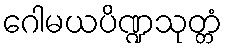
ဂေါမယပိဏ္ဍသုတ္တံ